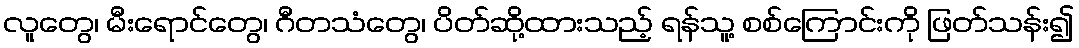
လူတွေ၊ မီးရောင်တွေ၊ ဂီတသံတွေ၊ ပိတ်ဆို့ထားသည့် ရန်သူ့ စစ်ကြောင်းကို ဖြတ်သန်း၍